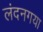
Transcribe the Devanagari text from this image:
लंदनगया